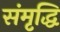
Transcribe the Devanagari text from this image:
संमृृद्धि